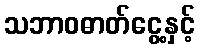
သဘာဝဓာတ်ငွေ့နှင့်